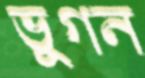
ভুগন